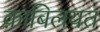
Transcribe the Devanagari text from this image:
क़ाबिलयत